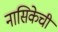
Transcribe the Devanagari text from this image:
नासिकेचीं